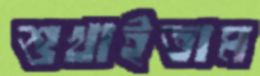
শুখাইতাম